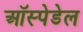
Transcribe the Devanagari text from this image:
ऑस्पेडेल